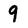
Character: 9